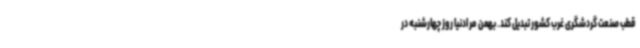
قطب صنعت گردشگری غرب کشور تبدیل کند. بهمن مرادنیا روز چهارشنبه در